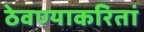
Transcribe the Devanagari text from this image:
ठेवण्याकरितां